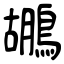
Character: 鶘